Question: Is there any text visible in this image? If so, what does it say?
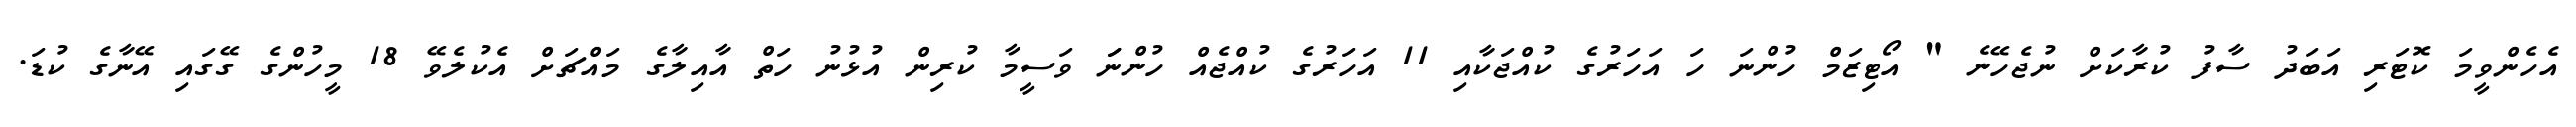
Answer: އެހެންވީމަ ކޮޓަރި އަބަދު ސާފު ކުރާކަށް ނުޖެހޭނެ " އޯޓިޒަމް ހުންނަ ހަ އަހަރުގެ ކުއްޖަކާއި 11 އަހަރުގެ ކުއްޖެއް ހުންނަަ ވަސީމާ ކުރިން އުޅުނު ހަތް އާއިލާގެ މައްޗަށް އެކުލެވޭ 18 މީހުންގެ ގޭގައި އޭނާގެ ކުޑަ.